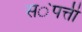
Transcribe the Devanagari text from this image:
स॓पत्ती